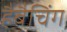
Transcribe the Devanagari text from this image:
हैबैचिंग